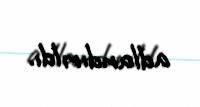
adlandırıldı.